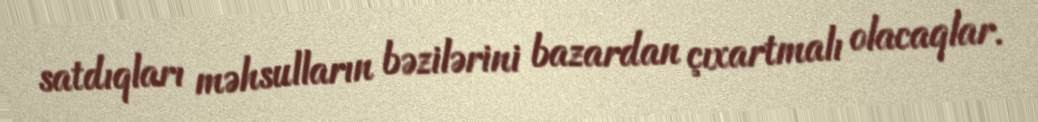
satdıqları məhsulların bəzilərini bazardan çıxartmalı olacaqlar.